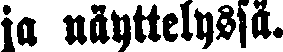
ja näyttelyssä.